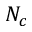
N _ { c }